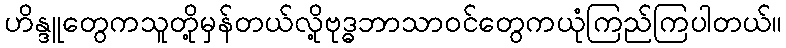
ဟိန္ဒူတွေကသူတို့မှန်တယ်လို့ဗုဒ္ဓဘာသာဝင်တွေကယုံကြည်ကြပါတယ်။